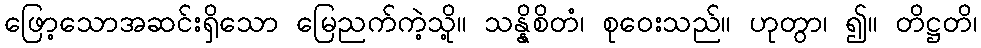
ဖြော့သောအဆင်းရှိသော မြေညက်ကဲ့သို့။ သန္နိစိတံ၊ စုဝေးသည်။ ဟုတွာ၊ ၍။ တိဋ္ဌတိ၊